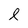
Character: l